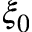
\xi _ { 0 }